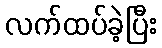
လက်ထပ်ခဲ့ပြီး